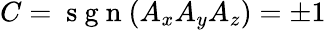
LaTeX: C=\mathrm{~s~g~n~}(A_{x}A_{y}A_{z})=\pm{1}